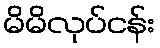
မိမိလုပ်ငန်း